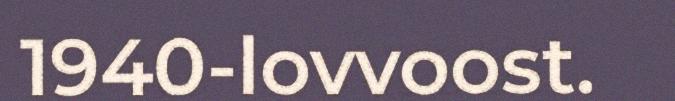
1940-lovvoost.